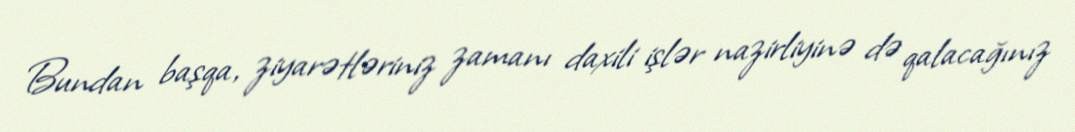
Bundan başqa, ziyarətləriniz zamanı daxili işlər nazirliyinə də qalacağınız